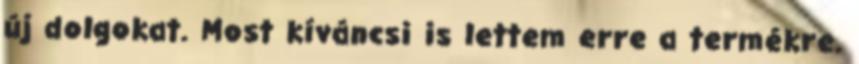
új dolgokat. Most kíváncsi is lettem erre a termékre.